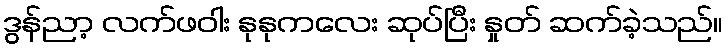
ဒွန်ညာ့ လက်ဖဝါး နုနုကလေး ဆုပ်ပြီး နှုတ် ဆက်ခဲ့သည်။